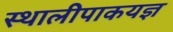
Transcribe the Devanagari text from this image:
स्थालीपाकयज्ञ